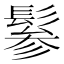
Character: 𩭹